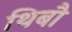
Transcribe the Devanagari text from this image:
थिबौ